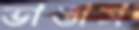
ভাঙাস